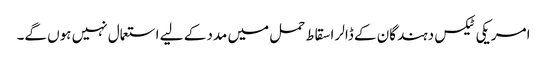
امریکی ٹیکس دہندگان کے ڈالر اسقاط حمل میں مدد کے لیے استعمال نہیں ہوں گے۔